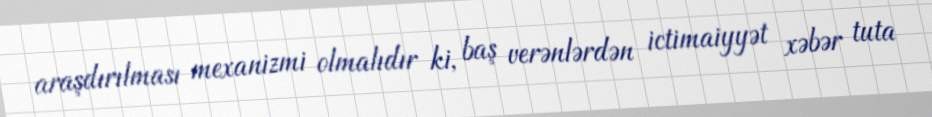
araşdırılması mexanizmi olmalıdır ki, baş verənlərdən ictimaiyyət xəbər tuta